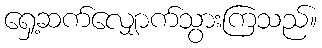
ရှေ့ဆက်လျှောက်သွားကြသည်။